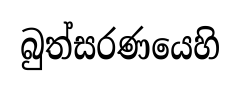
බුත්සරණයෙහි